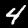
Label: 4